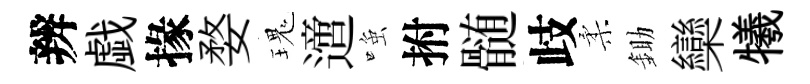
辨戯掾婺瑰𨗁𫪻拊髄歧柔鋤欒犧